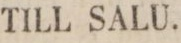
TILL SALU.